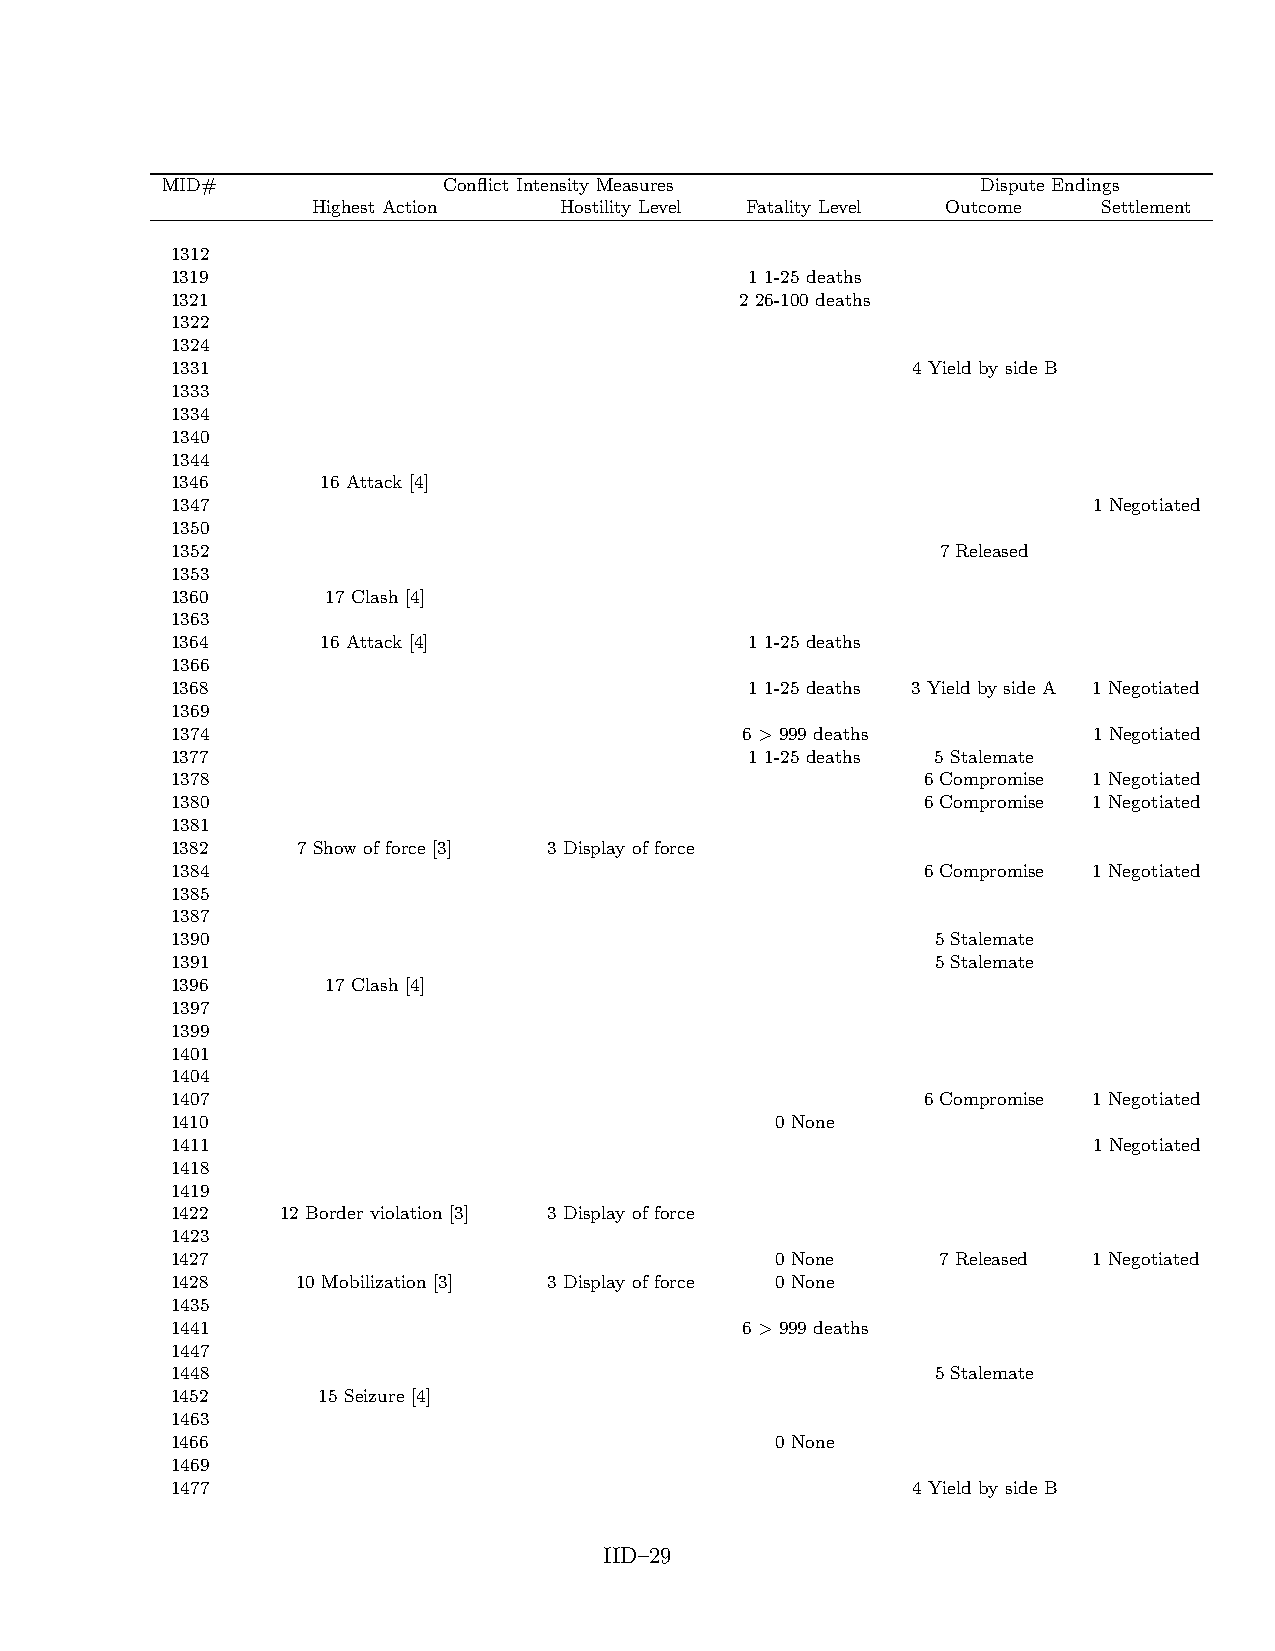
MID#              Conflict Intensity Measures         Dispute Endings
 Highest Action  Hostility Level Fatality Level Outcome Settlement
 1312
 1319                                   1 1-25 deaths
 1321                                  2 26-100 deaths
 1322
 1324
 1331                                             4 Yield by side B
 1333
 1334
 1340
 1344
 1346      16 Attack [4]
 1347                                                         1 Negotiated
 1350
 1352                                               7 Released
 1353
 1360       17 Clash [4]
 1363
 1364      16 Attack [4]                1 1-25 deaths
 1366
 1368                                   1 1-25 deaths 3 Yield by side A 1 Negotiated
 1369
 1374                                  6 > 999 deaths         1 Negotiated
 1377                                   1 1-25 deaths 5 Stalemate
 1378                                              6 Compromise 1 Negotiated
 1380                                              6 Compromise 1 Negotiated
 1381
 1382     7 Show of force [3] 3 Display of force
 1384                                              6 Compromise 1 Negotiated
 1385
 1387
 1390                                               5 Stalemate
 1391                                               5 Stalemate
 1396       17 Clash [4]
 1397
 1399
 1401
 1404
 1407                                              6 Compromise 1 Negotiated
 1410                                    0 None
 1411                                                         1 Negotiated
 1418
 1419
 1422    12 Border violation [3] 3 Display of force
 1423
 1427                                    0 None     7 Released 1 Negotiated
 1428     10 Mobilization [3] 3 Display of force 0 None
 1435
 1441                                  6 > 999 deaths
 1447
 1448                                               5 Stalemate
 1452      15 Seizure [4]
 1463
 1466                                    0 None
 1469
 1477                                             4 Yield by side B
 IID–29